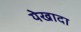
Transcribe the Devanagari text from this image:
येखादा